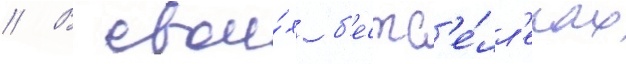
// В свои́х б'естс'е́лл'ерах